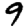
Digit: 9